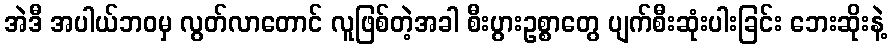
အဲဒီ အပါယ်ဘဝမှ လွတ်လာတောင် လူဖြစ်တဲ့အခါ စီးပွားဥစ္စာတွေ ပျက်စီးဆုံးပါးခြင်း ဘေးဆိုးနဲ့